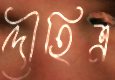
দৌহিত্র